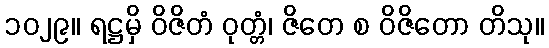
၁၀၂၉။ ရဋ္ဌမှိ ဝိဇိတံ ဝုတ္တံ၊ ဇိတေ စ ဝိဇိတော တိသု။